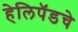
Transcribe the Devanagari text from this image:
हेलिपॅडचे